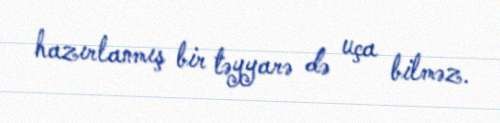
hazırlanmış bir təyyarə də uça bilməz.